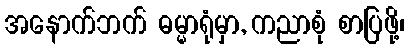
အနောက်ဘက် ဓမ္မာရုံမှာ, ကညာစုံ စာပြဖို့၊